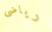
رياضى